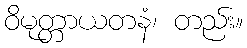
ဝိမုတ္တာယတနံ၊ တည်း။